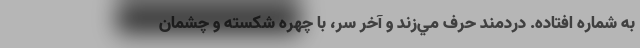
به شماره افتاده. دردمند حرف مي‌زند و آخر سر، با چهره شكسته و چشمان